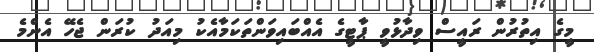
މީގެ އިތުރުން ރައީސް ވިދާޅުވީ ޕާޓީގެ އެއްބައިވަންތަކަމާއެކު މިއަދު ކުރަން ޖެހޭ އެންމެ